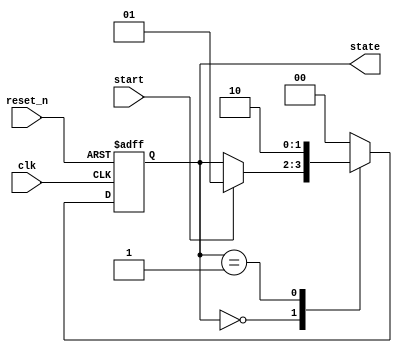
module simple_fsm (
    input wire clk,         // Clock signal
    input wire reset_n,     // Active low reset
    input wire start,       // Start signal
    output reg [1:0] state  // 2-bit state output
);

    // Define state encoding
    localparam IDLE   = 2'b00,
               RUN    = 2'b01,
               DONE   = 2'b10;

    // Sequential logic block using non-blocking assignments
    always @(posedge clk or negedge reset_n) begin
        if (!reset_n) begin
            // Reset the state to IDLE
            state <= IDLE;
        end else begin
            case (state)
                IDLE: begin
                    if (start) begin
                        state <= RUN;  // Transition to RUN state
                    end
                end

                RUN: begin
                    // Simulate some operation before transitioning to DONE
                    // (Here, you could implement actual logic for the RUN state)
                    state <= DONE;  // Transition to DONE state after operation
                end

                DONE: begin
                    // Once done, return to IDLE state for the next operation
                    state <= IDLE;
                end

                default: state <= IDLE;  // Default case to handle unexpected states
            endcase
        end
    end

endmodule